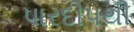
પારદીપથી